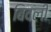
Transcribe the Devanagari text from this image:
बिवली